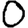
Digit: 0